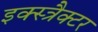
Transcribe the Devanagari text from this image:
इक्स्त्रैक्टर